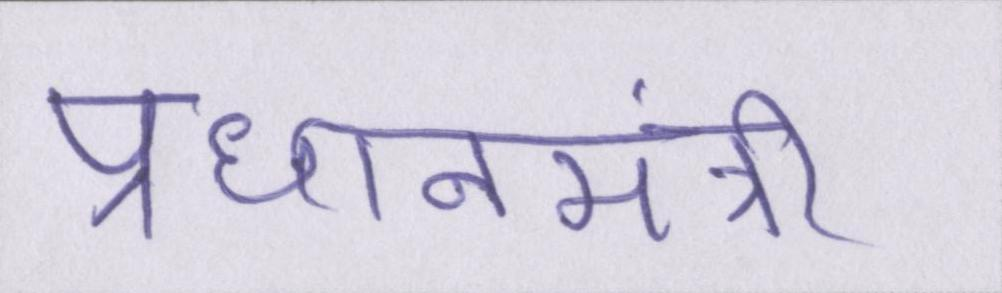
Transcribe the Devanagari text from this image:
प्रधानमंत्री